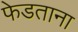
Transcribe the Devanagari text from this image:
फेडताना